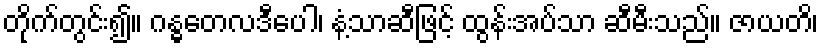
တိုက်တွင်း၍။ ဂန္ဓတေလဒီပေါ၊ နံ့သာဆီဖြင့် ထွန်းအပ်သာ ဆီမီးသည်။ ဇာယတိ၊